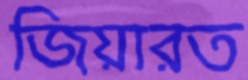
জিয়ারত